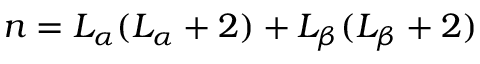
n = L _ { \alpha } ( L _ { \alpha } + 2 ) + L _ { \beta } ( L _ { \beta } + 2 )